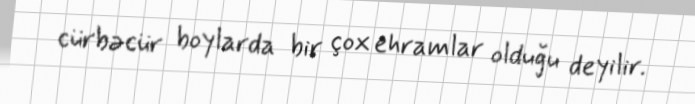
cürbəcür boylarda bir çox ehramlar olduğu deyilir.